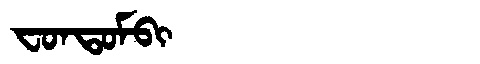
Manchu: ᠸᠣᠨᡨᠣᠮᠪᡳ
Romanization: FONTOMBI